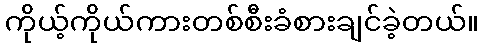
ကိုယ့်ကိုယ်ကားတစ်စီးခံစားချင်ခဲ့တယ်။